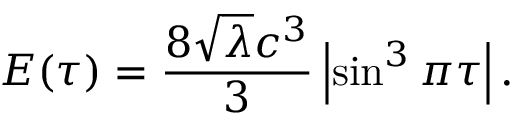
E ( \tau ) = \frac { 8 \sqrt { \lambda } c ^ { 3 } } { 3 } \left| \sin ^ { 3 } \pi \tau \right| .